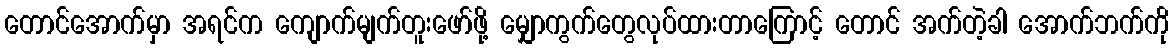
တောင်အောက်မှာ အရင်က ကျောက်မျက်တူးဖော်ဖို့ မျှောကွက်တွေလုပ်ထားတာကြောင့် တောင် အက်တဲ့ခါ အောက်ဘက်ကို